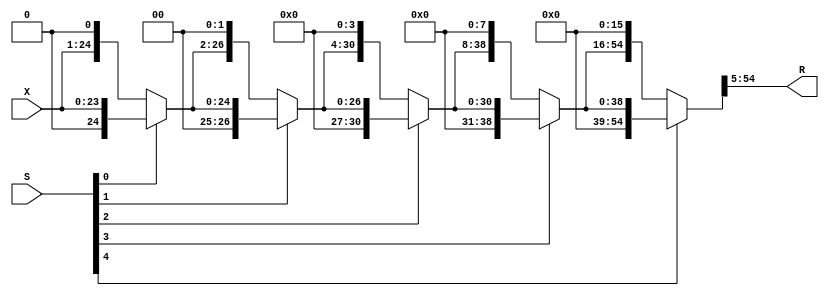
//------------------------------------------------------------------------------
//                       FPAdder_8_23_uid2_RightShifter
//                      (RightShifter_24_by_max_26_uid4)
// This operator is part of the Infinite Virtual Library FloPoCoLib
// and is distributed under the terms of the GNU Lesser General Public Licence
// with a Tobin Tax restriction (see README file for details).
//------------------------------------------------------------------------------
// no timescale needed

module FPAdder_8_23_uid2_RightShifter_l4( X, S, R );

// input/output definition

input [23:0] X;
input [4:0] S;
output [49:0] R;

//signals

wire [23:0] X;
wire [4:0] S;
wire [49:0] R;

wire [23:0] level0;
wire [4:0] ps;
wire [24:0] level1;
wire [26:0] level2;
wire [30:0] level3;
wire [38:0] level4;
wire [54:0] level5;

	assign level0 = X;
 	assign ps = S;
  	assign level1 = ps[0] == 1'b 1 ? { 1'b0,level0 } : { level0,1'b0 };
  	assign level2 = ps[1] == 1'b 1 ? { 2'b00,level1 } : { level1,2'b00 };
  	assign level3 = ps[2] == 1'b 1 ? { 4'b0000,level2 } : { level2,4'b0000 };
  	assign level4 = ps[3] == 1'b 1 ? { 8'b00000000,level3 } : { level3,8'b00000000 };
  	assign level5 = ps[4] == 1'b 1 ? { 16'b0000000000000000,level4 } : { level4,16'b0000000000000000 };
  	assign R = level5[54:5];

endmodule

//------------------------------------------------------------------------------
//                           IntAdder_27_f200_uid6
// This operator is part of the Infinite Virtual Library FloPoCoLib
// and is distributed under the terms of the GNU Lesser General Public Licence
// with a Tobin Tax restriction (see README file for details).
//------------------------------------------------------------------------------
// Pipeline depth: 0 cycles
// no timescale needed

module IntAdder_27_f200_uid6_l4( X, Y, Cin, R);

input [26:0] X;
input [26:0] Y;
input Cin;
output [26:0] R;

wire [26:0] X;
wire [26:0] Y;
wire Cin;
wire [26:0] R;

	//Classical
  	assign R = X + Y + Cin;

endmodule

//------------------------------------------------------------------------------
//                   LZCShifter_28_to_28_counting_32_uid16
// This operator is part of the Infinite Virtual Library FloPoCoLib
// and is distributed under the terms of the GNU Lesser General Public Licence
// with a Tobin Tax restriction (see README file for details).
//------------------------------------------------------------------------------
// Pipeline depth: 2 cycles
// no timescale needed

module LZCShifter_28_to_28_counting_32_uid16_l4( clk, rst, seq_stall, I, Count, O );

input clk, rst;
input seq_stall;
input [27:0] I;
output [4:0] Count;
output [27:0] O;

wire clk;
wire rst;
wire seq_stall;
wire [27:0] I;
wire [4:0] Count;
wire [27:0] O;

wire [27:0] level5;
wire count4; reg count4_d1; reg count4_d2;
wire [27:0] level4; reg [27:0] level4_d1;
wire count3; reg count3_d1;
wire [27:0] level3;
wire count2; reg count2_d1;
wire [27:0] level2;
wire count1; reg count1_d1;
wire [27:0] level1; reg [27:0] level1_d1;
wire count0;
wire [27:0] level0;
wire [4:0] sCount;

	always @( posedge clk, posedge rst ) begin

		if( rst==1'b1 )
		begin
    		count4_d1 <= 0;
    		count4_d2 <= 0;
    		level4_d1 <= 0;
	    	count3_d1 <= 0;
    		count2_d1 <= 0;
    		count1_d1 <= 0;
    		level1_d1 <= 0;
		end
	
		else if(~seq_stall)
		begin
    		count4_d1 <= count4;
	    	count4_d2 <= count4_d1;
    		level4_d1 <= level4;
    		count3_d1 <= count3;
	    	count2_d1 <= count2;
    		count1_d1 <= count1;
    		level1_d1 <= level1;
		end
	end

	assign level5 = I;
  	assign count4 = level5[27:12] == 16'b0000000000000000 ? 1'b1 : 1'b0;
  	assign level4 = count4 == 1'b 0 ? level5[27:0] : { level5[11:0],16'b0000000000000000 };

	//--------------Synchro barrier, entering cycle 1----------------
  	assign count3 = level4_d1[27:20] == 8'b00000000 ? 1'b1 : 1'b0;
	assign level3 = count3 == 1'b 0 ? level4_d1[27:0] : { level4_d1[19:0],8'b00000000 };
  	assign count2 = level3[27:24] == 4'b0000 ? 1'b1 : 1'b0;
  	assign level2 = count2 == 1'b 0 ? level3[27:0] : { level3[23:0],4'b0000 };
  	assign count1 = level2[27:26] == 2'b00 ? 1'b1 : 1'b0;
  	assign level1 = count1 == 1'b 0 ? level2[27:0] : { level2[25:0],2'b00 };

	//--------------Synchro barrier, entering cycle 2----------------
  	assign count0 = level1_d1[27:27] == 1'b0 ? 1'b 1 : 1'b0;
  	assign level0 = count0 == 1'b0 ? level1_d1[27:0] : { level1_d1[26:0],1'b0 };
  	assign O = level0;
  	assign sCount = { count4_d2,count3_d1,count2_d1,count1_d1,count0 };
  	assign Count = sCount;

endmodule

//------------------------------------------------------------------------------
//                           IntAdder_34_f200_uid18
// This operator is part of the Infinite Virtual Library FloPoCoLib
// and is distributed under the terms of the GNU Lesser General Public Licence
// with a Tobin Tax restriction (see README file for details).
//------------------------------------------------------------------------------
// Pipeline depth: 1 cycles
// no timescale needed

module IntAdder_34_f200_uid18_l4( clk, rst, seq_stall, X, Y, Cin, R );

input clk, rst;
input seq_stall;
input [33:0] X;
input [33:0] Y;
input Cin;
output [33:0] R;

wire clk;
wire rst;
wire seq_stall;
wire [33:0] X;
wire [33:0] Y;
wire Cin;
wire [33:0] R;

reg [33:0] X_d1;
reg [33:0] Y_d1;
reg Cin_d1;

	always @(posedge clk, posedge rst) begin

		if ( rst == 1'b1 )
		begin
			X_d1 <= 0;
			Y_d1 <=  0;
			Cin_d1 <= 0;
		end
	
		else if(~seq_stall)
		begin
			X_d1 <= X;
    		Y_d1 <= Y;
    		Cin_d1 <= Cin;
		end
	end

	//Classical
	//--------------Synchro barrier, entering cycle 1----------------

  	assign R = X_d1 + Y_d1 + Cin_d1;

endmodule

//------------------------------------------------------------------------------
//                             FPAdder_8_23_uid2
// This operator is part of the Infinite Virtual Library FloPoCoLib
// and is distributed under the terms of the GNU Lesser General Public Licence
// with a Tobin Tax restriction (see README file for details).
//------------------------------------------------------------------------------
// Pipeline depth: 4 cycles
// no timescale needed

module FPAdder_8_23_uid2_l4( clk, rst, seq_stall, X, Y, R);

input clk, rst;
input seq_stall;
input [8 + 23 + 2:0] X;
input [8 + 23 + 2:0] Y;
output [8 + 23 + 2:0] R;

wire clk;
wire rst;
wire seq_stall;
wire [8 + 23 + 2:0] X;
wire [8 + 23 + 2:0] Y;
wire [8 + 23 + 2:0] R;

wire [32:0] excExpFracX;
wire [32:0] excExpFracY;
wire [8:0] eXmeY;
wire [8:0] eYmeX;
wire swap;
wire [33:0] newX; reg [33:0] newX_d1;
wire [33:0] newY;
wire [7:0] expX; reg [7:0] expX_d1;
wire [1:0] excX;
wire [1:0] excY;
wire signX;
wire signY;
wire EffSub; reg EffSub_d1; reg EffSub_d2; reg EffSub_d3; reg EffSub_d4;
wire [5:0] sdsXsYExnXY;
wire [3:0] sdExnXY;
wire [23:0] fracY;
reg [1:0] excRt; reg [1:0] excRt_d1; reg [1:0] excRt_d2; reg [1:0] excRt_d3; reg [1:0] excRt_d4;
wire signR; reg signR_d1; reg signR_d2; reg signR_d3; reg signR_d4;
wire [8:0] expDiff;
wire shiftedOut;
wire [4:0] shiftVal;
wire [49:0] shiftedFracY; reg [49:0] shiftedFracY_d1;
wire sticky;
wire [26:0] fracYfar;
wire [26:0] fracYfarXorOp;
wire [26:0] fracXfar;
wire cInAddFar;
wire [26:0] fracAddResult;
wire [27:0] fracGRS;
wire [9:0] extendedExpInc; reg [9:0] extendedExpInc_d1; reg [9:0] extendedExpInc_d2;
wire [4:0] nZerosNew;
wire [27:0] shiftedFrac;
wire [9:0] updatedExp;
wire eqdiffsign; reg eqdiffsign_d1;
wire [33:0] expFrac;
wire stk;
wire rnd;
wire grd;
wire lsb;
wire addToRoundBit;
wire [33:0] RoundedExpFrac;
wire [1:0] upExc;
wire [22:0] fracR;
wire [7:0] expR;
wire [3:0] exExpExc;
reg [1:0] excRt2;
wire [1:0] excR;
wire [33:0] computedR;

	always @(posedge clk) begin

		if(~seq_stall)
		begin
			newX_d1 <= newX;
    		expX_d1 <= expX;
    		EffSub_d1 <= EffSub;
    		EffSub_d2 <= EffSub_d1;
    		EffSub_d3 <= EffSub_d2;
    		EffSub_d4 <= EffSub_d3;
    		excRt_d1 <= excRt;
    		excRt_d2 <= excRt_d1;
    		excRt_d3 <= excRt_d2;
    		excRt_d4 <= excRt_d3;
    		signR_d1 <= signR;
    		signR_d2 <= signR_d1;
    		signR_d3 <= signR_d2;
    		signR_d4 <= signR_d3;
    		shiftedFracY_d1 <= shiftedFracY;
    		extendedExpInc_d1 <= extendedExpInc;
    		extendedExpInc_d2 <= extendedExpInc_d1;
    		eqdiffsign_d1 <= eqdiffsign;
		end
	end

  	// Exponent difference and swap  --

	assign excExpFracX = {X[33:32],X[30:0]};
  	assign excExpFracY = {Y[33:32],Y[30:0]};
  	assign eXmeY = ({1'b0,X[30:23]}) - ({1'b0,Y[30:23]});
  	assign eYmeX = ({1'b0,Y[30:23]}) - ({1'b0,X[30:23]});
  	assign swap = excExpFracX >= excExpFracY ? 1'b0 : 1'b1;
  	assign newX = swap == 1'b0 ? X : Y;
  	assign newY = swap == 1'b0 ? Y : X;
  	assign expX = newX[30:23];
  	assign excX = newX[33:32];
  	assign excY = newY[33:32];
  	assign signX = newX[31];
  	assign signY = newY[31];
  	assign EffSub = signX ^ signY;
  	assign sdsXsYExnXY = {signX,signY,excX,excY};
  	assign sdExnXY = {excX,excY};
  	assign fracY = excY == 2'b00 ? 24'b000000000000000000000000 : {1'b 1,newY[22:0]};
  	
	always @(*) begin
		case(sdsXsYExnXY)
			6'b000000,6'b010000,6'b100000,6'b110000 : excRt <= 2'b00;
			6'b000101,6'b010101,6'b100101,6'b110101,6'b000100,6'b010100,6'b100100,6'b110100,6'b000001,6'b010001,6'b100001,6'b110001 : excRt <= 2'b01;
			6'b111010,6'b001010,6'b001000,6'b011000,6'b101000,6'b111000,6'b000010,6'b010010,6'b100010,6'b110010,6'b001001,6'b011001,6'b101001,6'b111001,6'b000110,6'b010110,6'b100110,6'b110110 : excRt <= 2'b10;
			default : excRt <= 2'b11;
		endcase
	end

	assign signR = (sdsXsYExnXY == 6'b100000 || sdsXsYExnXY == 6'b010000) ? 1'b0 : signX;

	//-------------- cycle 0----------------
  	assign expDiff = swap == 1'b0 ? eXmeY : eYmeX;
  	assign shiftedOut = (expDiff >= 25) ? 1'b1 : 1'b0;
	assign shiftVal = shiftedOut == 1'b0 ? expDiff[4:0] : 5'b11010;
  
	FPAdder_8_23_uid2_RightShifter_l4 RightShifterComponent(
  	.R(shiftedFracY),
    .S(shiftVal),
    .X(fracY));

  	//--------------Synchro barrier, entering cycle 1----------------
	assign sticky = (shiftedFracY_d1[23:0] == 23'b00000000000000000000000) ? 1'b0 : 1'b1;
  
	//-------------- cycle 0----------------
  
	//--------------Synchro barrier, entering cycle 1----------------
  
	assign fracYfar = {1'b 0,shiftedFracY_d1[49:24]};
	assign fracYfarXorOp = fracYfar ^({EffSub_d1,EffSub_d1,EffSub_d1,EffSub_d1,EffSub_d1,EffSub_d1,EffSub_d1,EffSub_d1,EffSub_d1,EffSub_d1,EffSub_d1,EffSub_d1,EffSub_d1,EffSub_d1,EffSub_d1,EffSub_d1,EffSub_d1,EffSub_d1,EffSub_d1,EffSub_d1,EffSub_d1,EffSub_d1,EffSub_d1,EffSub_d1,EffSub_d1,EffSub_d1,EffSub_d1});
	assign fracXfar = {2'b 01,(newX_d1[22:0]),2'b 00};
	assign cInAddFar = EffSub_d1 &  ~sticky;
  
	IntAdder_27_f200_uid6_l4 fracAdder(
		.Cin(cInAddFar),
		.R(fracAddResult),
		.X(fracXfar),
		.Y(fracYfarXorOp));

	assign fracGRS = {fracAddResult,sticky};
	assign extendedExpInc = ( {2'b00,expX_d1} ) + 1'b1;
  
	LZCShifter_28_to_28_counting_32_uid16_l4 LZC_component(
		.clk(clk),
		.rst(rst),
		.seq_stall(seq_stall),
		.Count(nZerosNew),
		.I(fracGRS),
		.O(shiftedFrac));

	//--------------Synchro barrier, entering cycle 3----------------
	assign updatedExp = extendedExpInc_d2 - ({5'b00000,nZerosNew});
	assign eqdiffsign = nZerosNew == 5'b11111 ? 1'b1 : 1'b0;
	assign expFrac = {updatedExp,shiftedFrac[26:3]};
	//-------------- cycle 3----------------

	assign stk = shiftedFrac[1] | shiftedFrac[0];
	assign rnd = shiftedFrac[2];
	assign grd = shiftedFrac[3];
	assign lsb = shiftedFrac[4];
	assign addToRoundBit = (lsb == 1'b0 && grd == 1'b1 && rnd == 1'b0 && stk == 1'b0) ? 1'b0 : 1'b1;
	
	IntAdder_34_f200_uid18_l4 roundingAdder(
		.clk(clk),
		.rst(rst),
		.seq_stall(seq_stall),
		.Cin(addToRoundBit),
		.R(RoundedExpFrac),
		.X(expFrac),
		.Y(34'b0000000000000000000000000000000000));

	//-------------- cycle 4----------------

	assign upExc = RoundedExpFrac[33:32];
	assign fracR = RoundedExpFrac[23:1];
	assign expR = RoundedExpFrac[31:24];
	assign exExpExc = {upExc,excRt_d4};
  
	always @(*) begin
		case((exExpExc))
			4'b0000,4'b0100,4'b1000,4'b1100,4'b1001,4'b1101 : excRt2 <= 2'b00;
			4'b0001 : excRt2 <= 2'b01;
			4'b0010,4'b0110,4'b0101 : excRt2 <= 2'b10;
			default : excRt2 <= 2'b 11;
		endcase
	end

	assign excR = (eqdiffsign_d1 == 1'b1 && EffSub_d4 == 1'b1) ? 2'b00 : excRt2;
	assign computedR = {excR,signR_d4,expR,fracR};
	assign R = computedR;

endmodule